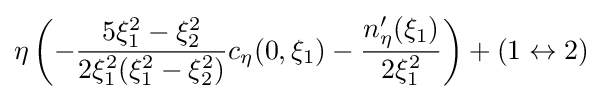
\eta \left(-{\frac {5\xi _{1}^{2}-\xi _{2}^{2}}{2\xi _{1}^{2}(\xi _{1}^{2}-\xi _{2}^{2})}}c_{\eta }(0,\xi _{1})-{\frac {n_{\eta }^{\prime }(\xi _{1})}{2\xi _{1}^{2}}}\right)+(1\leftrightarrow 2)